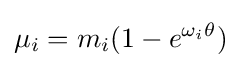
\mu _{i}=m_{i}(1-e^{\omega _{i}\theta })